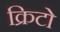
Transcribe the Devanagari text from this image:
क्रिटो